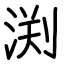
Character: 渕